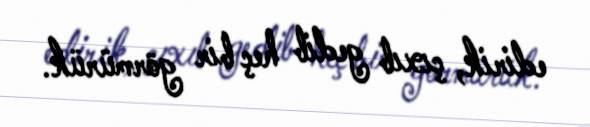
edirik, çıxıb gedib heç bir görmürük.